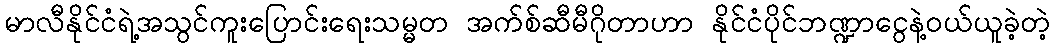
မာလီနိုင်ငံရဲ့အသွင်ကူးပြောင်းရေးသမ္မတ အက်စ်ဆီမီဂိုတာဟာ နိုင်ငံပိုင်ဘဏ္ဍာငွေနဲ့ဝယ်ယူခဲ့တဲ့